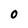
Character: O